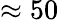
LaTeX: \approx 50